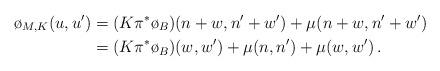
LaTeX: \begin{align*}\o_{M,K}(u,u') & = (K \pi^* \o_B )(n+w,n'+w') + \mu(n+w,n'+w') \\ & = (K \pi^* \o_B )(w,w') + \mu(n,n') + \mu(w,w') \, .\end{align*}